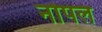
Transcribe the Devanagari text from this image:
नोपल